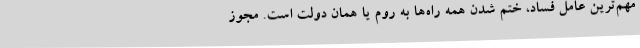
مهم‌ترین عامل فساد، ختم شدن همه راه‌ها به روم یا همان دولت است. مجوز